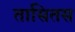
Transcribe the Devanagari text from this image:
तासितस